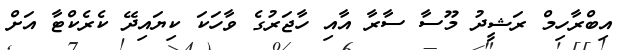
އިބްރާހިމް ރަޝީދު މޫސާ ސާރާ އާއި ހާޖަރުގެ ވާހަކަ ކިޔައިދޭ ކެރެކްޓާ އަށް